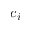
c _ { i }